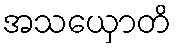
အသယှောတိ